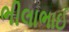
ભીલાભાઈ